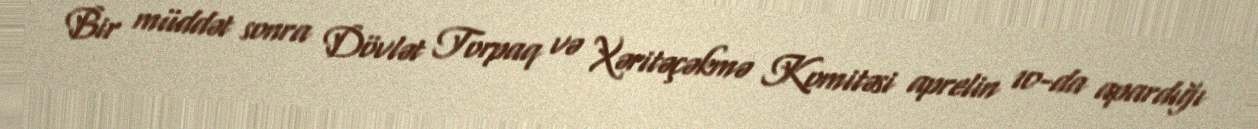
Bir müddət sonra Dövlət Torpaq və Xəritəçəkmə Komitəsi aprelin 10-da apardığı